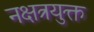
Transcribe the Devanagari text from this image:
नक्षत्रयुक्त